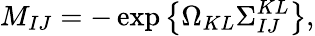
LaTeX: M_{IJ}=-\exp\left\{ \Omega_{KL}\Sigma_{IJ}^{KL}\right\} ,